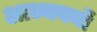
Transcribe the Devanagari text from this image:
आध्ययनों